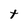
Character: t